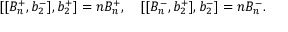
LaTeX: [ [ B _ { n } ^ { + } , b _ { 2 } ^ { - } ] , b _ { 2 } ^ { + } ] = n B _ { n } ^ { + } , \quad [ [ B _ { n } ^ { - } , b _ { 2 } ^ { + } ] , b _ { 2 } ^ { - } ] = n B _ { n } ^ { - } .